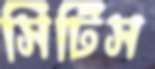
সিটিস